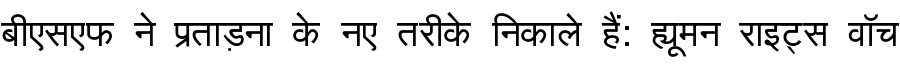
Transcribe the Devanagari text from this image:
बीएसएफ ने प्रताड़ना के नए तरीके निकाले हैं: ह्यूमन राइट्स वॉच